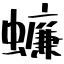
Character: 蠊